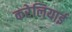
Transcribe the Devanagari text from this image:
करेलियाई